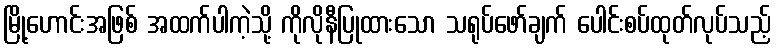
မြို့ဟောင်းအဖြစ် အထက်ပါကဲ့သို့ ကိုလိုနီပြုထားသော သရုပ်ဖော်ချက် ပေါင်းစပ်ထုတ်လုပ်သည့်